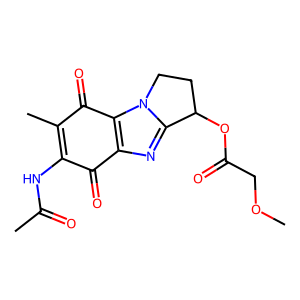
SMILES: COCC(=O)OC1CCn2c1nc1c2C(=O)C(C)=C(NC(C)=O)C1=O
Inhibits HIV replication: No